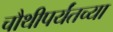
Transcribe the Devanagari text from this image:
चौथीपर्यंतच्या